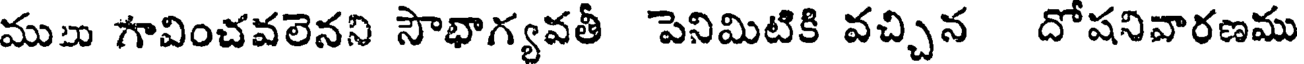
ముు గావించవలెనని సౌభాగ్యవతీ పెనిమిటికి వచ్చిన దోషనివారణము